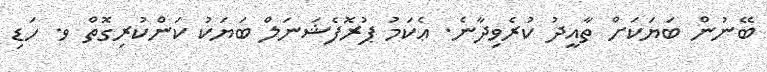
ބޭނުން ބަޔަކަށް ތާއީދު ކުރެވިދާނެ. ޢެކަމު ޕުރޮފެޝަނަލް ބަޔަކު ކަންކުރިގޮތް ވ. ހަޑި